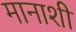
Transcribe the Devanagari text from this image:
मानाशी